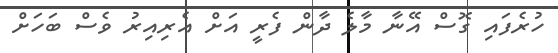
ހުރެފައި ގޮސް އޭނާ މާލެ ދާން ފެރީ އަށް އެރިއިރު ވެސް ބަހަށް